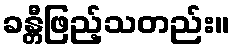
ခန္တီဖြည့်သတည်း။